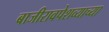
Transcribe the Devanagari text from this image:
बाजीरावपेशव्याच्या